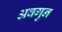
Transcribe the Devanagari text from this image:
अवगुन